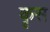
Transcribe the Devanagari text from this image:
कृस